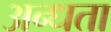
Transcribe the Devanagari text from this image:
अन्‍धता